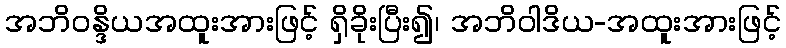
အဘိဝန္ဒိယအထူးအားဖြင့် ရှိခိုးပြီး၍၊ အဘိဝါဒိယ-အထူးအားဖြင့်